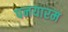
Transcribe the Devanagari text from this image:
पनयारम